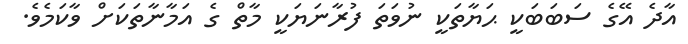
އާދެ އޭގެ ސަބަބަކީ ޙަޔާތަކީ ނުވަތަ ފުރާނަޔަކީ މާތް ގެ އަމާނާތަކަށް ވާކަމެވެ.